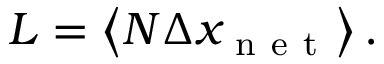
L = \left\langle N \Delta x _ { \mathrm { ~ n ~ e ~ t ~ } } \right\rangle .